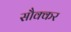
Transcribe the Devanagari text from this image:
सौक्कर